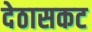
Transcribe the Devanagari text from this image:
देठासकट